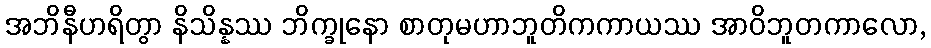
အဘိနီဟရိတွာ နိသိန္နဿ ဘိက္ခုနော စာတုမဟာဘူတိကကာယဿ အာဝိဘူတကာလော,